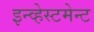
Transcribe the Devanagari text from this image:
इन्व्हेस्टमेन्ट